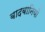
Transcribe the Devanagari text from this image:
बादबानियों